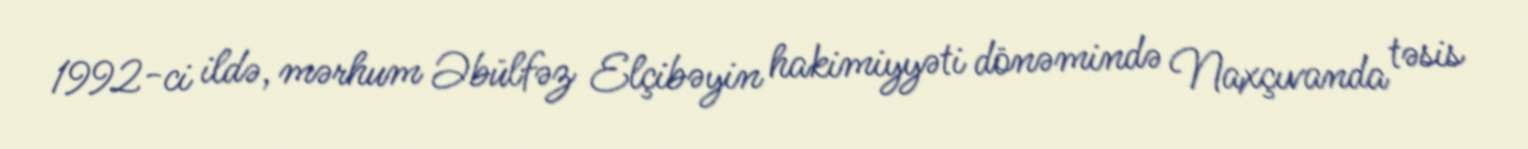
1992-ci ildə, mərhum Əbülfəz Elçibəyin hakimiyyəti dönəmində Naxçıvanda təsis